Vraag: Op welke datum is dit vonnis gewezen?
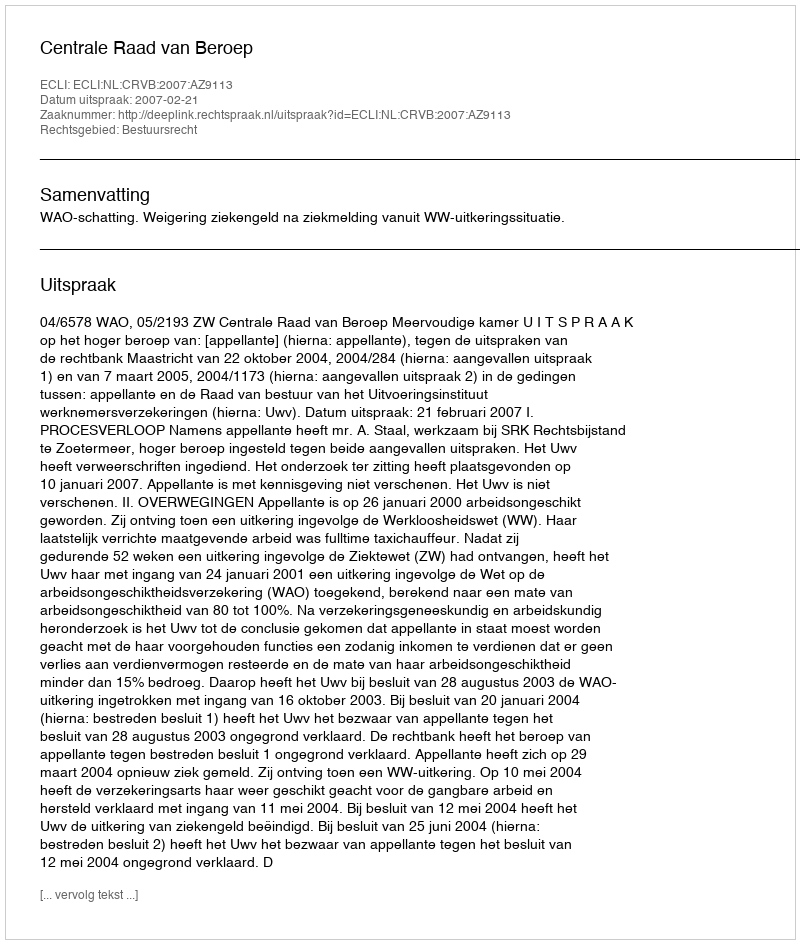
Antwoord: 2007-02-21